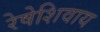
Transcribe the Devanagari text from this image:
रेषेशिवाय